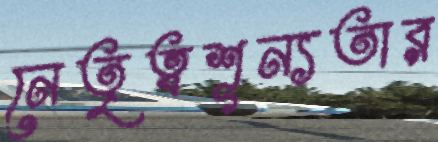
নেতৃত্বশূন্যতার